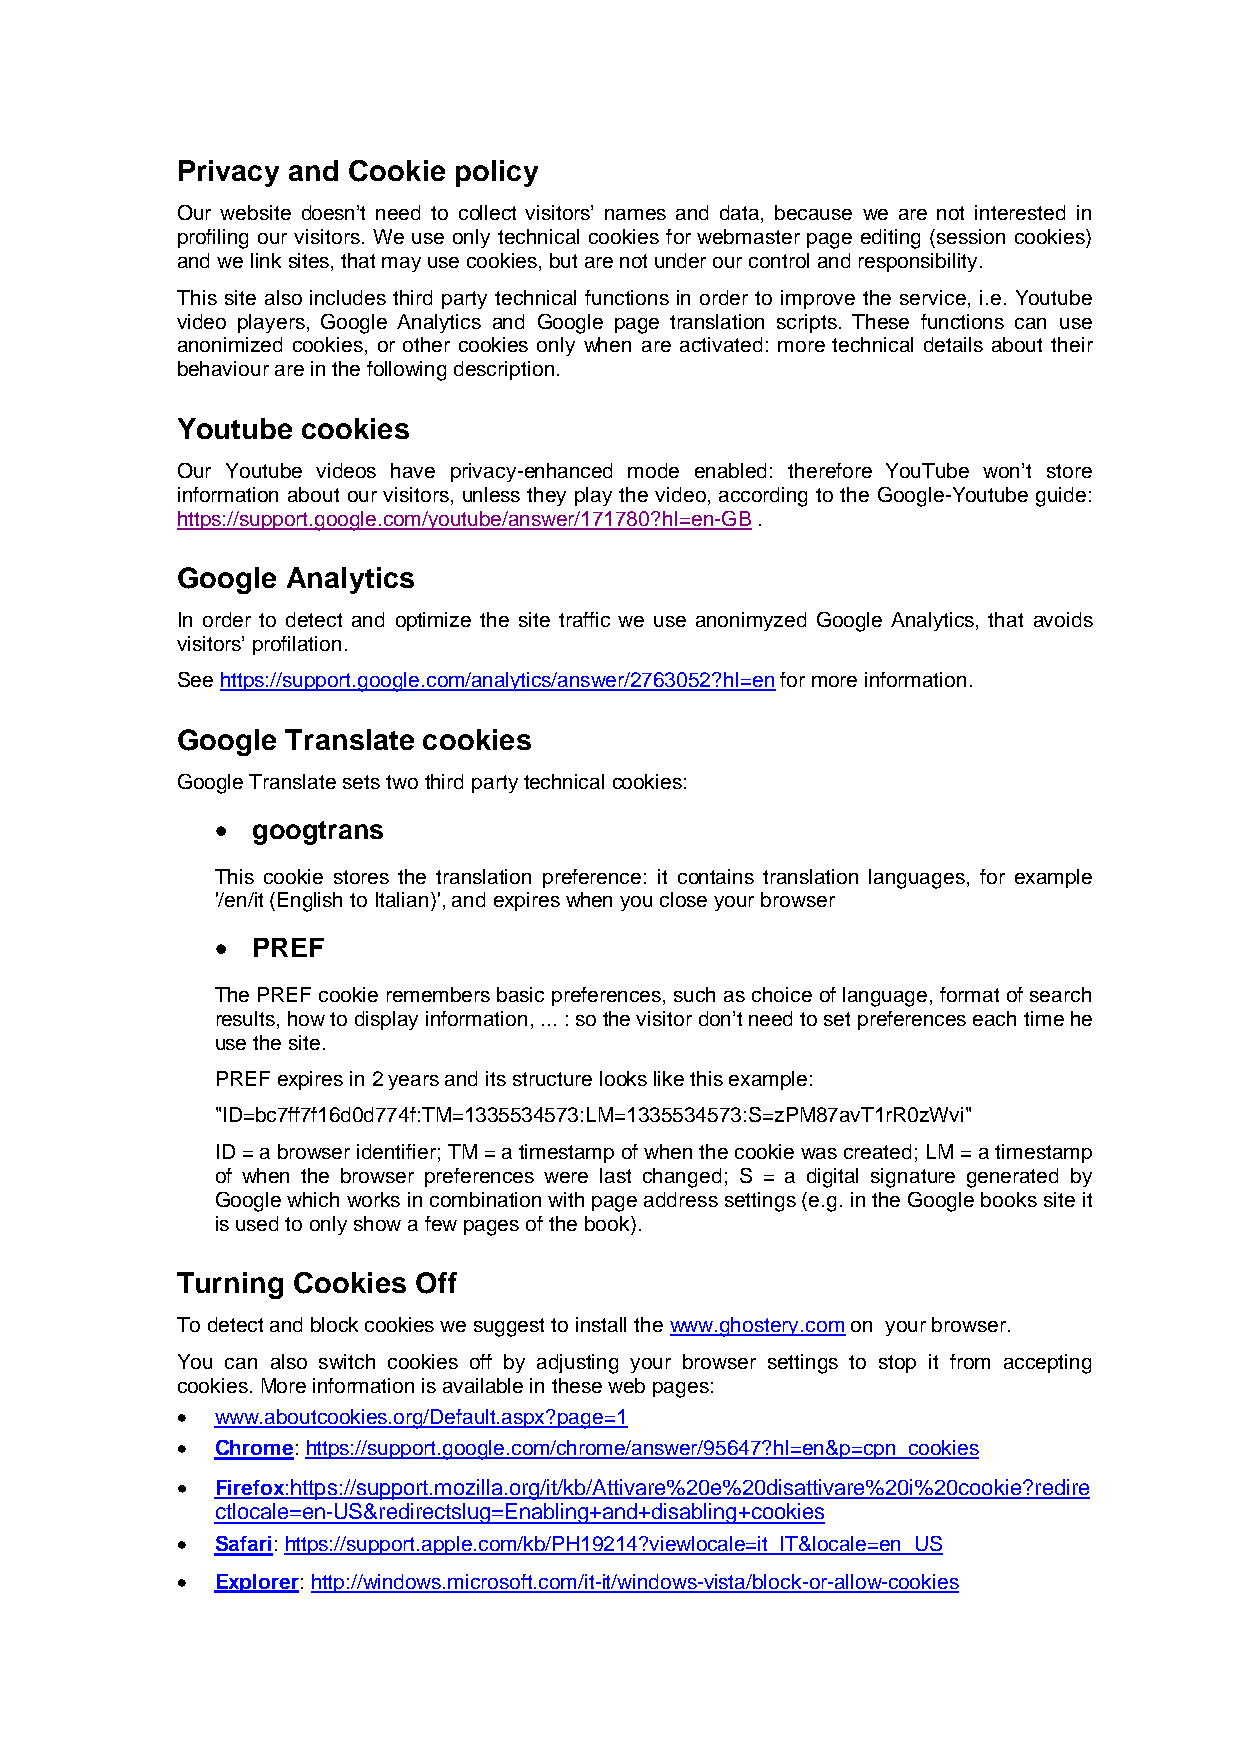
Privacy and Cookie policy
 Our website doesn’t need to collect visitors’ names and data, because we are not interested in
 profiling our visitors. We use only technical cookies for webmaster page editing (session cookies)
 and we link sites, that may use cookies, but are not under our control and responsibility.
 This site also includes third party technical functions in order to improve the service, i.e. Youtube
 video players, Google Analytics and Google page translation scripts. These functions can use
 anonimized cookies, or other cookies only when are activated: more technical details about their
 behaviour are in the following description.
 Youtube cookies
 Our Youtube videos have privacy-enhanced mode enabled: therefore YouTube won’t store
 information about our visitors, unless they play the video, according to the Google-Youtube guide:
 https://support.google.com/youtube/answer/171780?hl=en-GB .
 Google Analytics
 In order to detect and optimize the site traffic we use anonimyzed Google Analytics, that avoids
 visitors’ profilation.
 See https://support.google.com/analytics/answer/2763052?hl=en for more information.
 Google Translate cookies
 Google Translate sets two third party technical cookies:
   googtrans
 This cookie stores the translation preference: it contains translation languages, for example
 '/en/it (English to Italian)', and expires when you close your browser
   PREF
 The PREF cookie remembers basic preferences, such as choice of language, format of search
 results, how to display information, ... : so the visitor don’t need to set preferences each time he
 use the site.
 PREF expires in 2 years and its structure looks like this example:
 "ID=bc7ff7f16d0d774f:TM=1335534573:LM=1335534573:S=zPM87avT1rR0zWvi"
 ID = a browser identifier; TM = a timestamp of when the cookie was created; LM = a timestamp
 of when the browser preferences were last changed; S = a digital signature generated by
 Google which works in combination with page address settings (e.g. in the Google books site it
 is used to only show a few pages of the book).
 Turning Cookies Off
 To detect and block cookies we suggest to install the www.ghostery.com on your browser.
 You can also switch cookies off by adjusting your browser settings to stop it from accepting
 cookies. More information is available in these web pages:
  www.aboutcookies.org/Default.aspx?page=1
  Chrome: https://support.google.com/chrome/answer/95647?hl=en&p=cpn_cookies
  Firefox:https://support.mozilla.org/it/kb/Attivare%20e%20disattivare%20i%20cookie?redire
 ctlocale=en-US&redirectslug=Enabling+and+disabling+cookies
  Safari: https://support.apple.com/kb/PH19214?viewlocale=it_IT&locale=en_US
  Explorer: http://windows.microsoft.com/it-it/windows-vista/block-or-allow-cookies